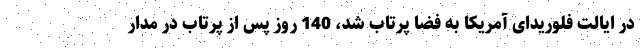
در ایالت فلوریدای آمریکا به فضا پرتاب شد، 140 روز پس از پرتاب در مدار